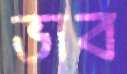
ভাব